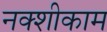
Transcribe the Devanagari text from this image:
नक्शीकाम